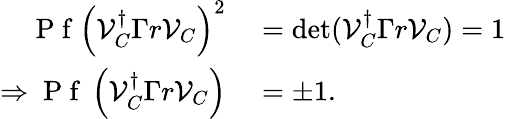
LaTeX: \begin{array}{rl}{\mathrm{~P~f~}\left(\mathcal{V}_{C}^{\dagger}\Gamma r\mathcal{V}_{C}\right)^{2}}&{{}=\operatorname*{det}(\mathcal{V}_{C}^{\dagger}\Gamma r\mathcal{V}_{C})=1}\\ {\Rightarrow\mathrm{~P~f~}\left(\mathcal{V}_{C}^{\dagger}\Gamma r\mathcal{V}_{C}\right)}&{{}=\pm 1.}\end{array}